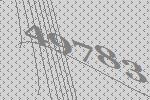
49783